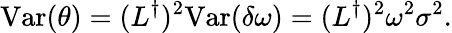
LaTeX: \mathrm{Var}(\theta)=(L^{\dagger})^{2}\mathrm{Var}(\delta\omega)=(L^{\dagger})^{2}\omega^{2}\sigma^{2}.